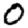
Digit: 0